Riigikantselei, lk 15
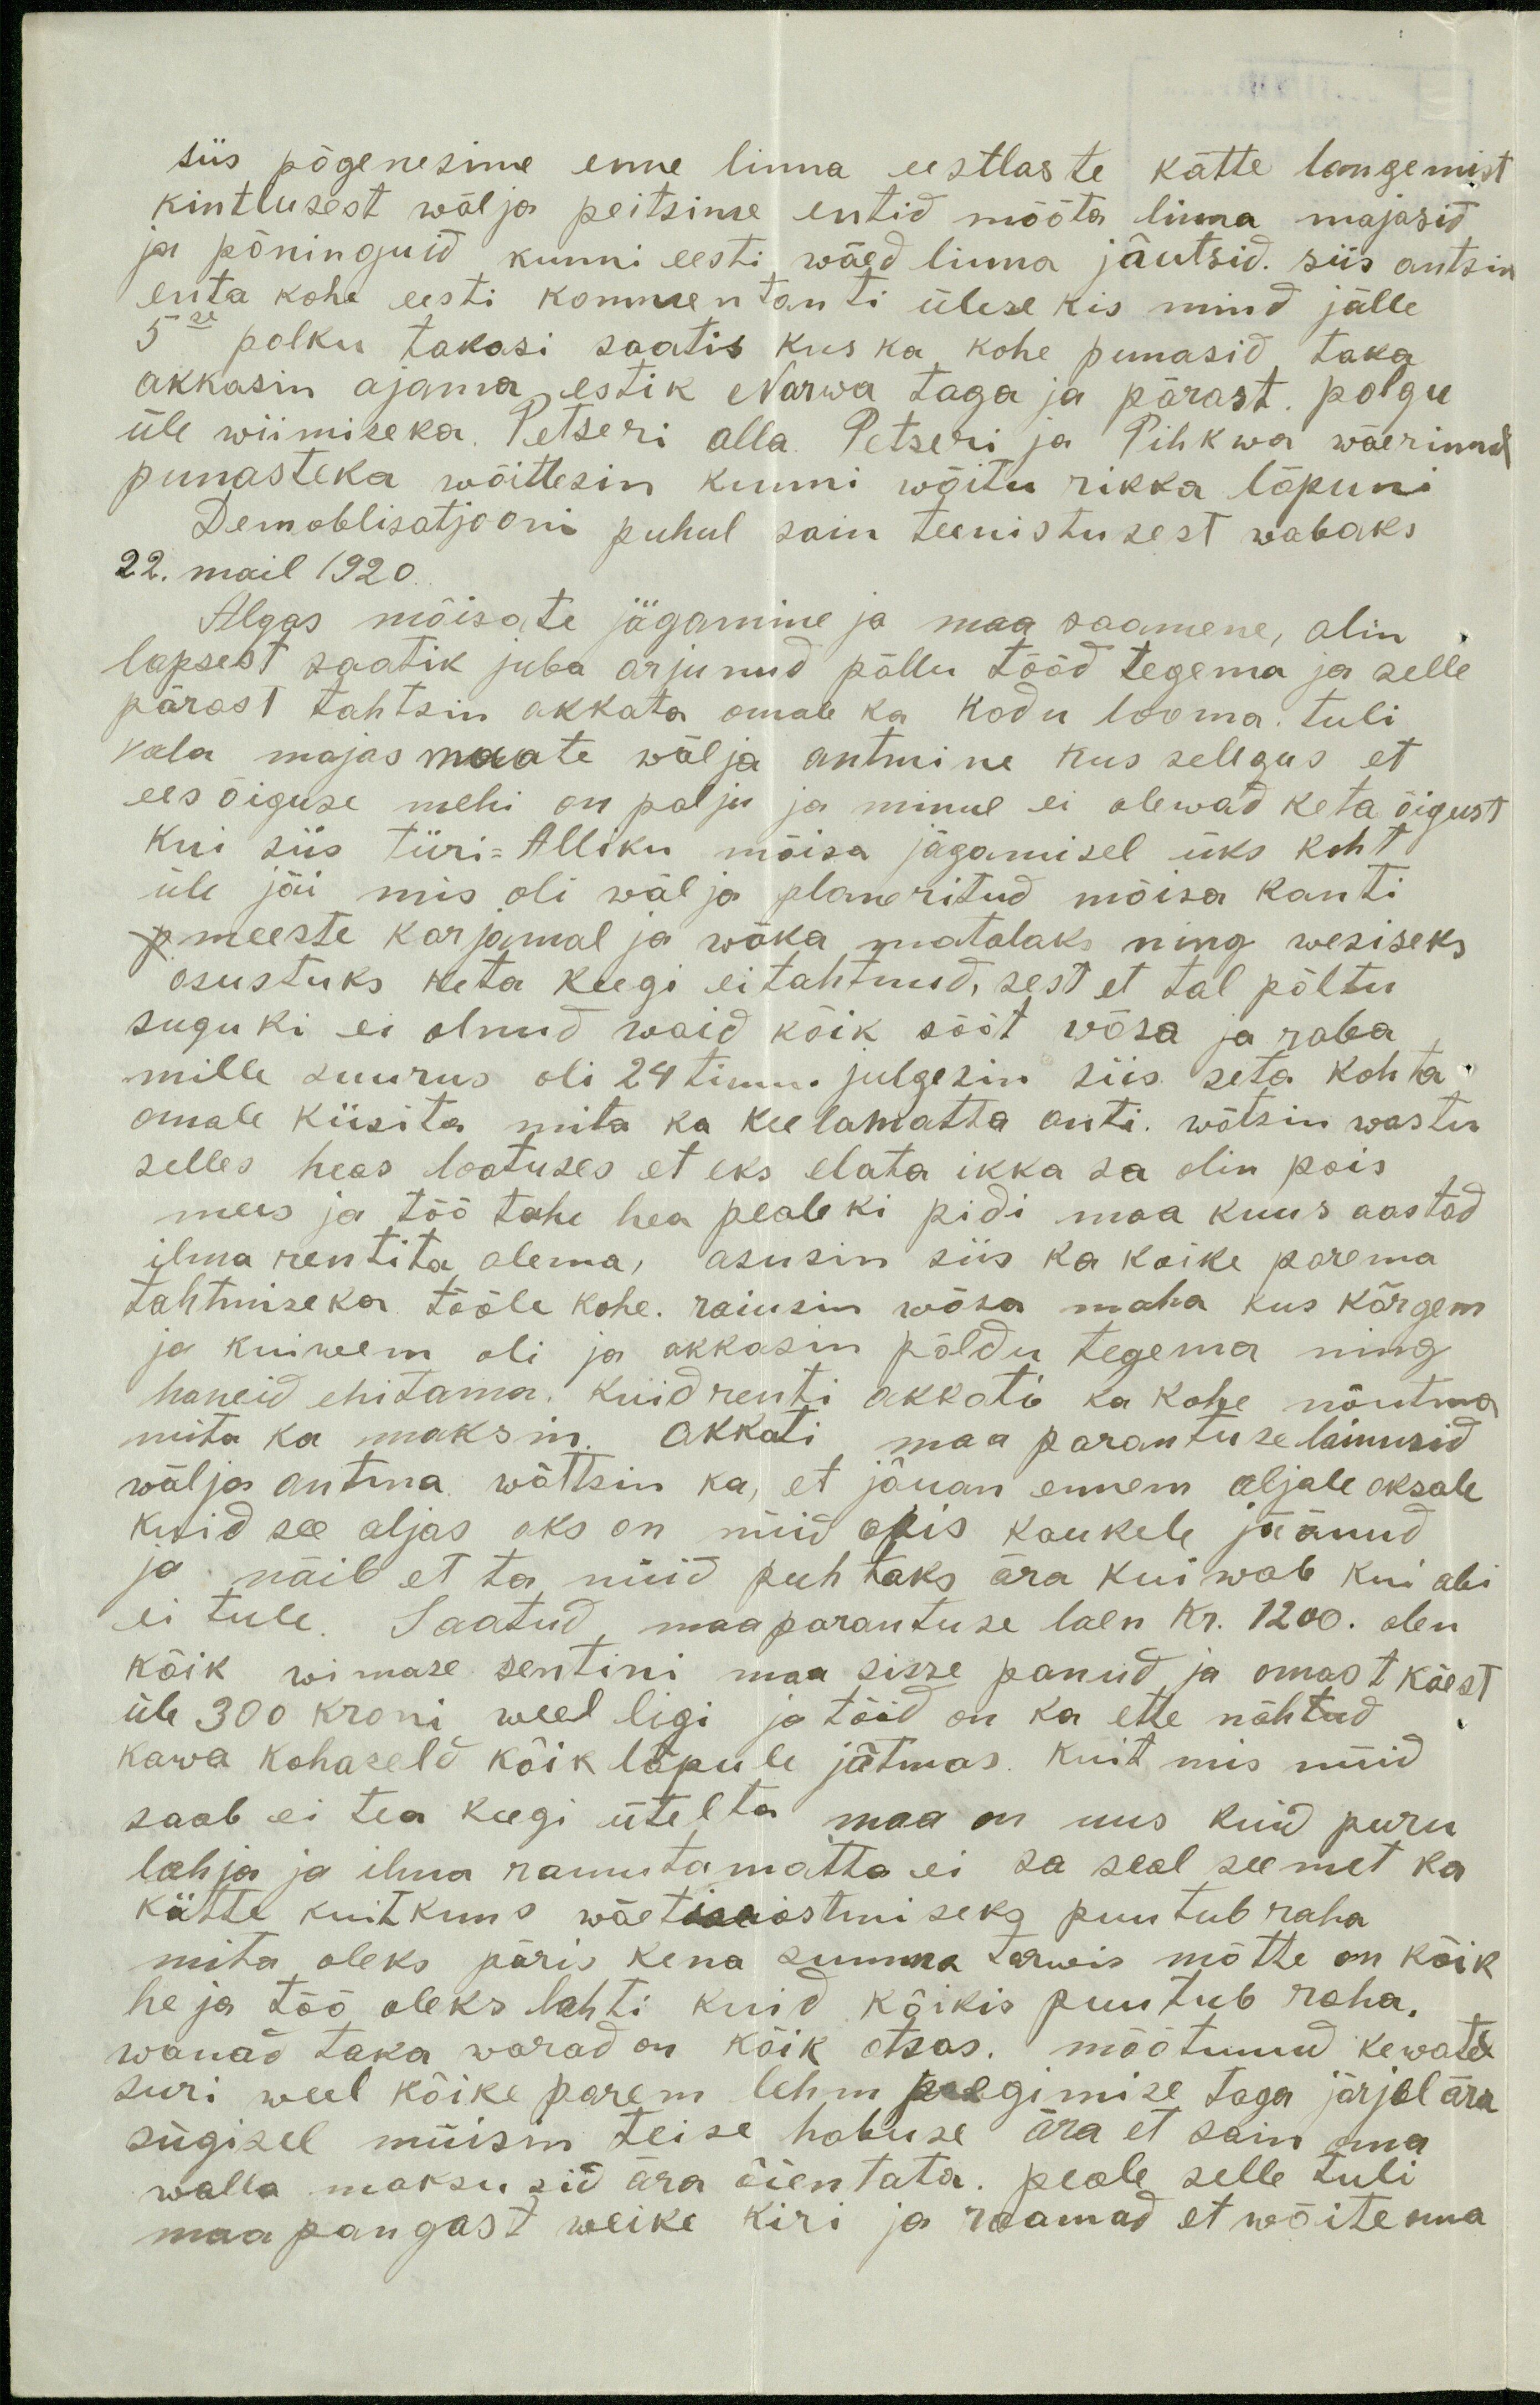
siis põgenesime enne linna eestlaste kätte langemist
kintlusest wälja peitsime endid mõõta linna majasid
ja põninguid kunni eesti wäed linna jõutsid siis antsin
enta kohe eesti kommentanti ülese kis mind jälle
5se polku takasi saatis kus ka kohe punasid taka
akkasin ajama estik Narwa taga ja pärast polgu
üle wiimiseka Petseri alla Petseri ja Pihkwa wäerinnal
punasteka wõitlesin kunni wõitu rikka lõpuni
Demoblisatjooni puhul sain teenistusest wabaks
22. mail 1920.
Algas mõisate jägamine ja maa saamene, olin
lapsest saatik juba arjunud põllu tööd tegema ja selle
pärast tahtsin akkata omale ka kodu looma. Tuli
vala majas maate wälja antmine kus selegus et
ees õiguse mehi on palju ja minul ei olewad keta õigust
kui siis Türi-Alliku mõisa jägamisel üks koht
üle jäi mis oli wäl ja planeritud mõisa kanti
meeste karjamal ja wäka matalaks ning wesiseks
osustuks keta keegi ei tahtnud, sest et tal põltu
sugu ki ei olnud waid kõik sõõt wõsa ja raba
mille suurus oli 24 timu. julgesin siis seta kohta
omale küsita mita ka keelamatta anti. wõtsin wastu
selles heas lootuses et eks elata ikka sa olin pois
mees ja töö tahe hea pealeki pidi maa kuus aastad
ilma rentita olema, asusin siis ka koike parema
tahtmiseka tööle kohe. raiusin wõsa maha kus kõrgem
ja kuiwem oli ja akkasin põldu tegema ning
honeid ehitama. Kuid renti akkati ka kohe nõutma
mita ka maksin. Akkati maa parantuse lainusid
wälja antma. wõttsin ka, et jõuan ennem aljale oksale
kuid see aljas oks on nüid opis kaukele jäänud
ja näib et ta nüüd puhtaks ära kuiwab kui abi
ei tule. Saatud, maaparantuse laen Kr. 1200. olen
kõik wimase sentini maa sisse panud ja omast käest
üle 300 kroni weel ligi ja tööd on ka ette nähtud
kawa kohaseld kõik lõpule jõtmas. Kui mis nüid
saab ei tea keegi ütelta maa on uus kuid puru
lahja ja ilma ramutamatta ei sa seal seemet ka
kätte kuid kuna wäetiseostmiseks puutub raha
mita oleks päris kena summa tarwis mõtte on kõik
he ja töö oleks lahti kuid kõikis puutub raha.
wanad taka warad on kõik otsas. mõõtunud kewatel
suri weel kõike parem lehm poegimise taga järjel ära
sügisel müisin teise hobuse ära et sain oma
walla maksusid ära õientata. peale selle tuli
maapangast weike kiri ja raamad et wõite oma